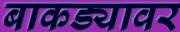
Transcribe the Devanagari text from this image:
बाकड्यावर